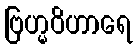
ဗြဟ္မဝိဟာရေ